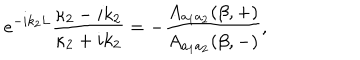
LaTeX: e ^ { - i k _ { 2 } L } \frac { \kappa _ { 2 } - i k _ { 2 } } { \kappa _ { 2 } + i k _ { 2 } } = - \frac { A _ { a _ { 1 } a _ { 2 } } ( \beta , + ) } { A _ { a _ { 1 } a _ { 2 } } ( \beta , - ) } ,